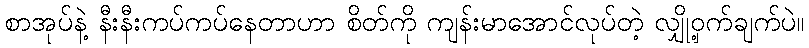
စာအုပ်နဲ့ နီးနီးကပ်ကပ်နေတာဟာ စိတ်ကို ကျန်းမာအောင်လုပ်တဲ့ လျှို့ဝှက်ချက်ပဲ။